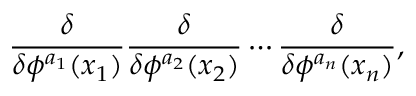
{ \frac { \delta } { \delta \phi ^ { a _ { 1 } } ( x _ { 1 } ) } } { \frac { \delta } { \delta \phi ^ { a _ { 2 } } ( x _ { 2 } ) } } \cdots { \frac { \delta } { \delta \phi ^ { a _ { n } } ( x _ { n } ) } } ,